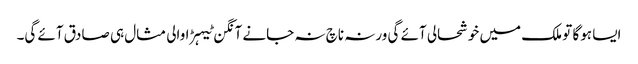
ایسا ہوگا تو ملک میں خوشحالی آئے گی ورنہ ناچ نہ جانے آنگن ٹیہڑا والی مثال ہی صادق آئے گی۔